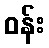
ဝန်း